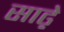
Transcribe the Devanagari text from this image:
साढ़़ेे